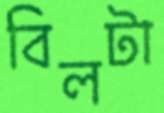
বিলটা